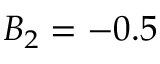
B _ { 2 } = - 0 . 5